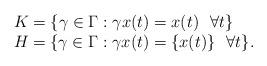
LaTeX: \begin{align*} \begin{array}{l} K=\{\gamma\in\Gamma:\gamma x(t)=x(t)~~\forall t\}\\ H=\{\gamma\in\Gamma:\gamma x(t)=\{x(t)\}~~\forall t\}. \end{array}\end{align*}